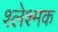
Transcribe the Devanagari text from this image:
श्लेश्मक